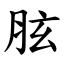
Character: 胘